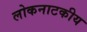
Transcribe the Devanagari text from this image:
लोकनाटकीय